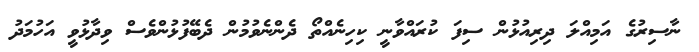
ނާސިރުގެ އަމިއްލަ ދިރިއުޅުން ސިފަ ކުރައްވާނީ ކިހިނެއްތޯ ދެންނެވުމުން ދެބޭފުޅުންވެސް ވިދާޅުވީ އަހުމަދު